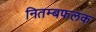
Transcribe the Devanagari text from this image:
नितम्बफलक